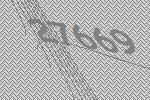
27669